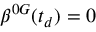
\boldsymbol { \beta } ^ { 0 G } ( t _ { d } ) = 0